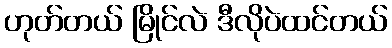
ဟုတ်တယ် မြိုင်လဲ ဒီလိုပဲထင်တယ်